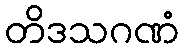
တိဒသဂဏံ